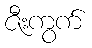
ဇီးကွက်